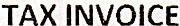
TAX INVOICE